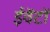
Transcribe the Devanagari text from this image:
ईवेंटों